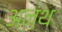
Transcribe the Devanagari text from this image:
अनंथ